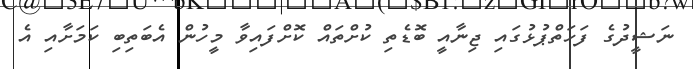
ނަޝީދުގެ ފަހަތްޕުޅުގައި ޖިނާއީ ބޮޑެތި ކުށްތައް ކޮށްފައިވާ މީހުން އެބަތިބި ކަމަށާއި އެ